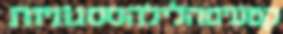
קטעיםהלילהססגוניות